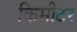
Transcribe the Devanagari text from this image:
किमीटर